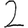
Digit: 2